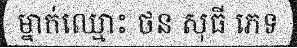
ម្នាក់ឈ្មោះ ថន សុធី ភេទ